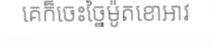
គេក៏ចេះច្នៃម៉ូតខោអាវ